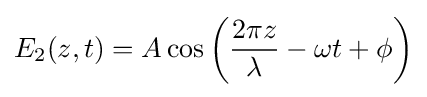
E_{2}(z,t)=A\cos \left({\frac {2\pi z}{\lambda }}-\omega t+\phi \right)